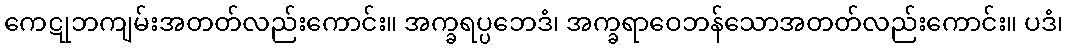
ကေဋုဘကျမ်းအတတ်လည်းကောင်း။ အက္ခရပ္ပဘေဒံ၊ အက္ခရာဝေဘန်သောအတတ်လည်းကောင်း။ ပဒံ၊